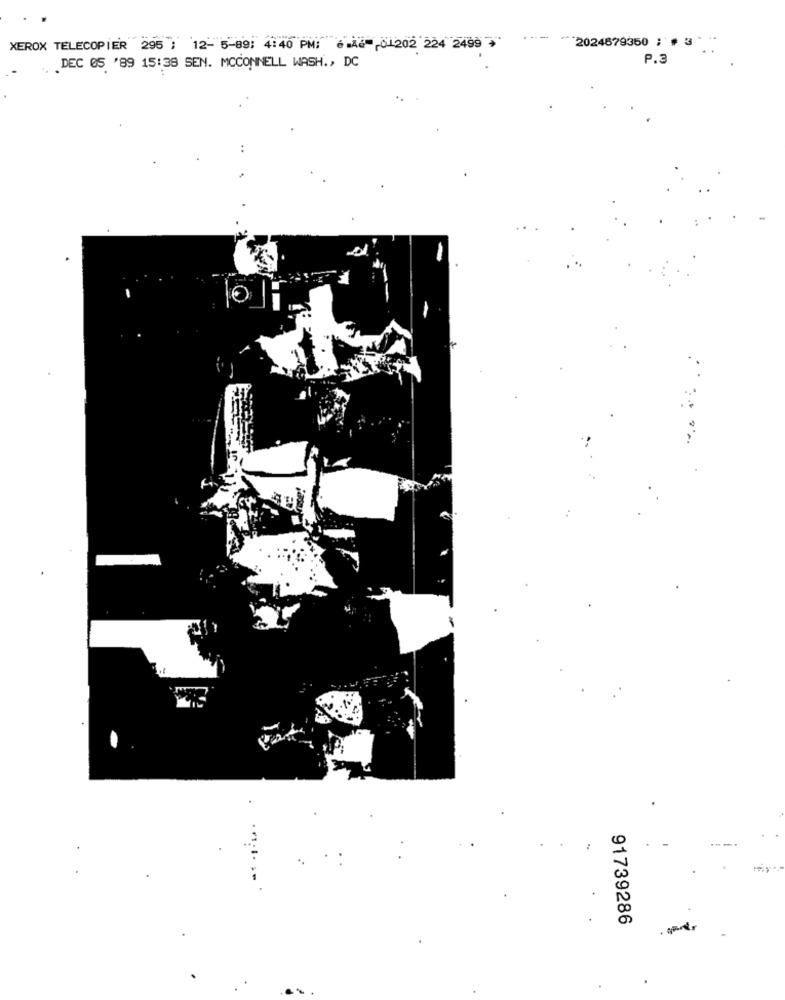
2024679350 ; # 3.
XEROX TELECOPIER 295 : 12- 5-89: 4:40 PM: 6 A2- 01202 224 2499
. DEC 05 '89 15:38 SEN. MCCONNELL WASH ., DC
P.3
91739286